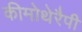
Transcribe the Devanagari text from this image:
कीमोथेरैपी